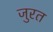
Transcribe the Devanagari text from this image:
जुरत